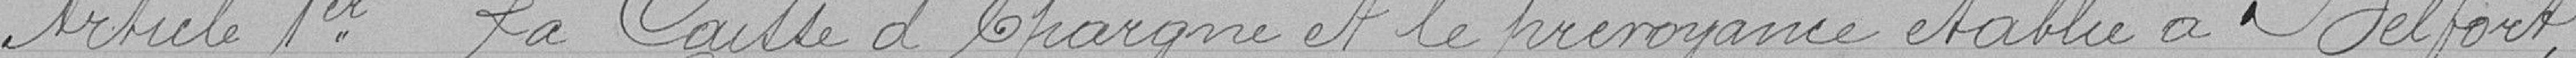
Article 1er. La Caisse d'Épargne et de prévoyance établie à Belfort,